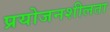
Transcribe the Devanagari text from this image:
प्रयोजनशीलता